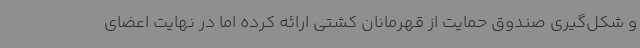
و شکل‌گیری صندوق حمایت از قهرمانان کشتی ارائه کرده اما در نهایت اعضای